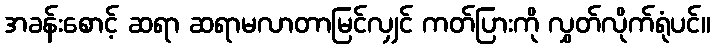
အခန်းစောင့် ဆရာ ဆရာမလာတာမြင်လျှင် ကတ်ပြားကို လွှတ်လိုက်ရုံပင်။